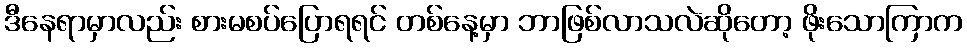
ဒီနေရာမှာလည်း စားမစပ်ပြောရရင် တစ်နေ့မှာ ဘာဖြစ်လာသလဲဆိုတော့ ဖိုးသောကြာက